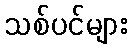
သစ်ပင်များ